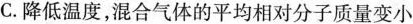
C.降低温度，混合气体的平均相对分子质量变小